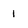
Character: 1